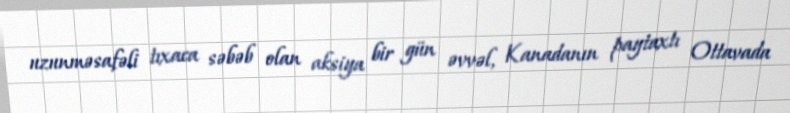
uzunməsafəli tıxaca səbəb olan aksiya bir gün əvvəl, Kanadanın paytaxtı Ottavada